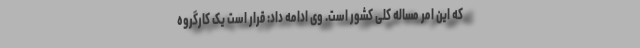
که این امر مساله کلی کشور است. وی ادامه داد: قرار است یک کارگروه